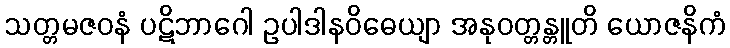
သတ္တမဇဝနံ ပဋိဘာဂေါ ဥပါဒါနဝိဓေယျာ အနုဝတ္တန္တူတိ ယောဇနိကံ